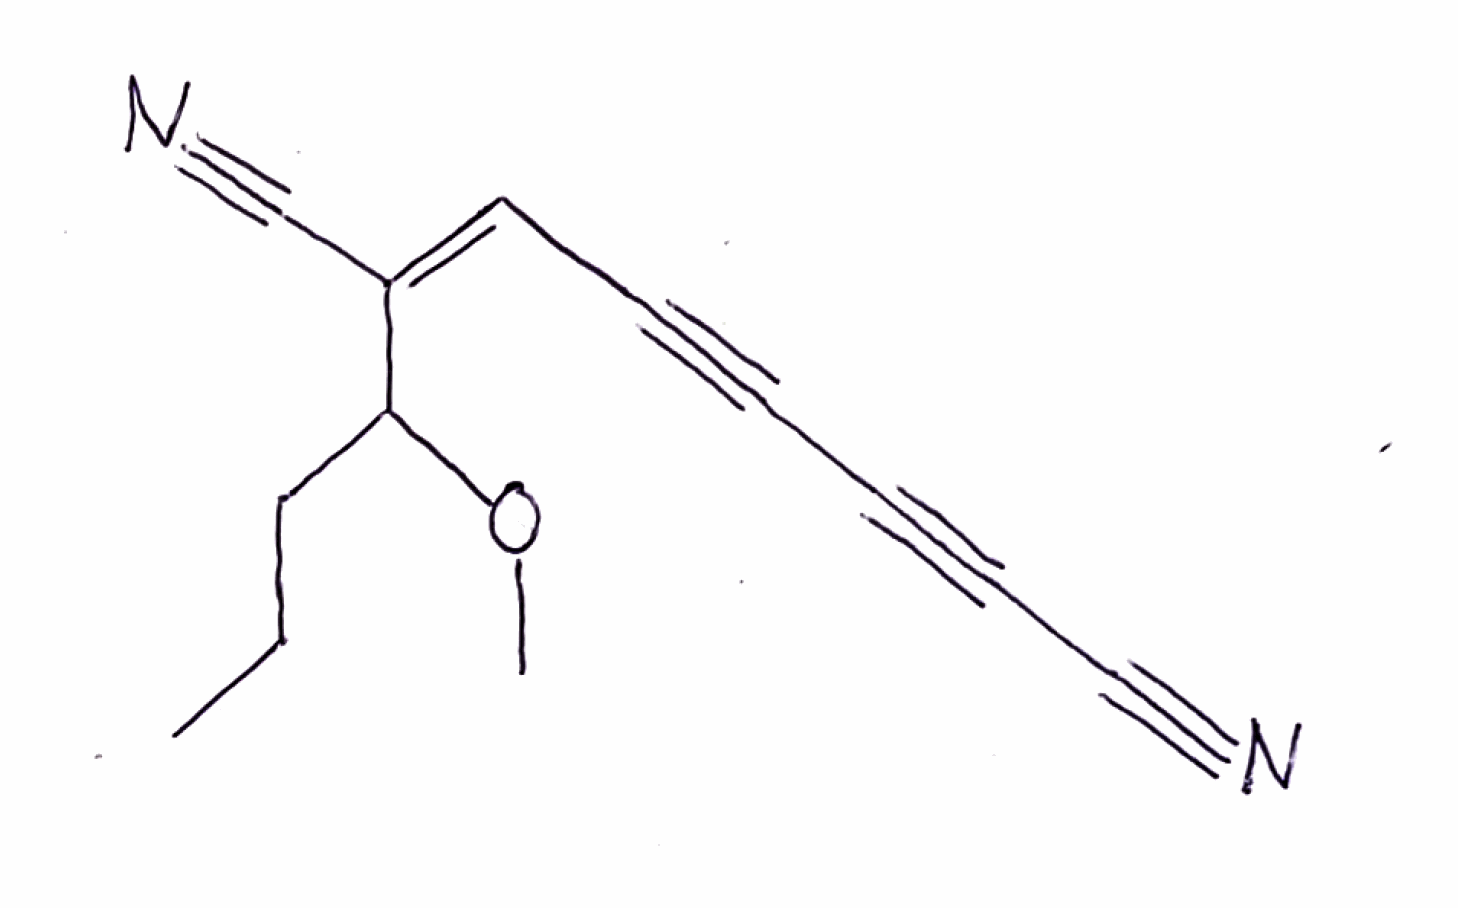
Simplified molecular-input line-entry system (SMILES) notation of the given molecule:
CCCC(/C(=C\C#CC#CC#N)/C#N)OC